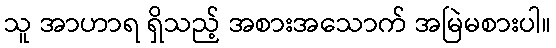
သူ အာဟာရ ရှိသည့် အစားအသောက် အမြဲမစားပါ။